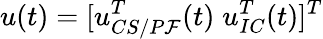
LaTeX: u(t)=[u_{CS/P\mathcal{F}}^{T}(t)\; u_{IC}^{T}(t)]^{T}